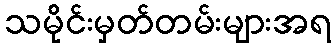
သမိုင်းမှတ်တမ်းများအရ